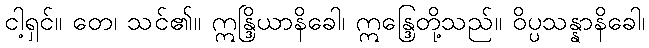
ငါ့ရှင်။ တေ၊ သင်၏။ ဣန္ဒြိယာနိခေါ၊ ဣန္ဒြေတို့သည်။ ဝိပ္ပသန္နာနိခေါ၊